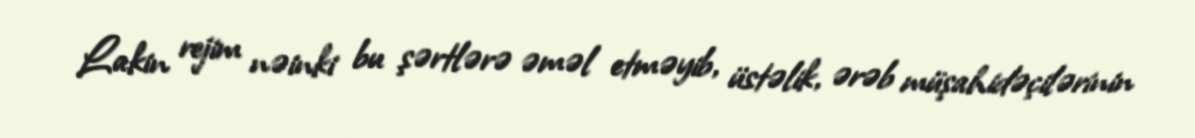
Lakin rejim nəinki bu şərtlərə əməl etməyib, üstəlik, ərəb müşahidəçilərinin